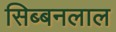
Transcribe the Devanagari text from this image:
सिब्‍बनलाल